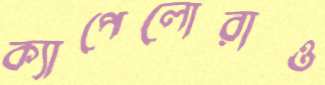
ক্যাপেলোরাও